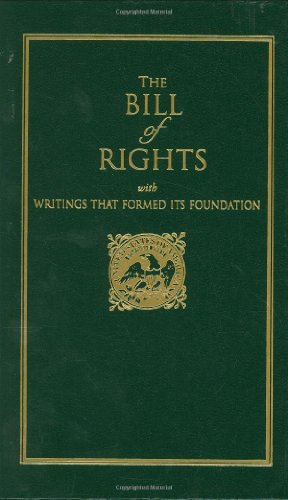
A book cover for Bill of Rights: with Writings that Formed Its Foundation (Little Books of Wisdom); James Madison; Law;